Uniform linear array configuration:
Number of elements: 16
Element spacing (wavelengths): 0.75
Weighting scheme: blackman
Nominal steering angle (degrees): -30
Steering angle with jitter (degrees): -28.315
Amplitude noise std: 0.05
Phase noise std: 0.05

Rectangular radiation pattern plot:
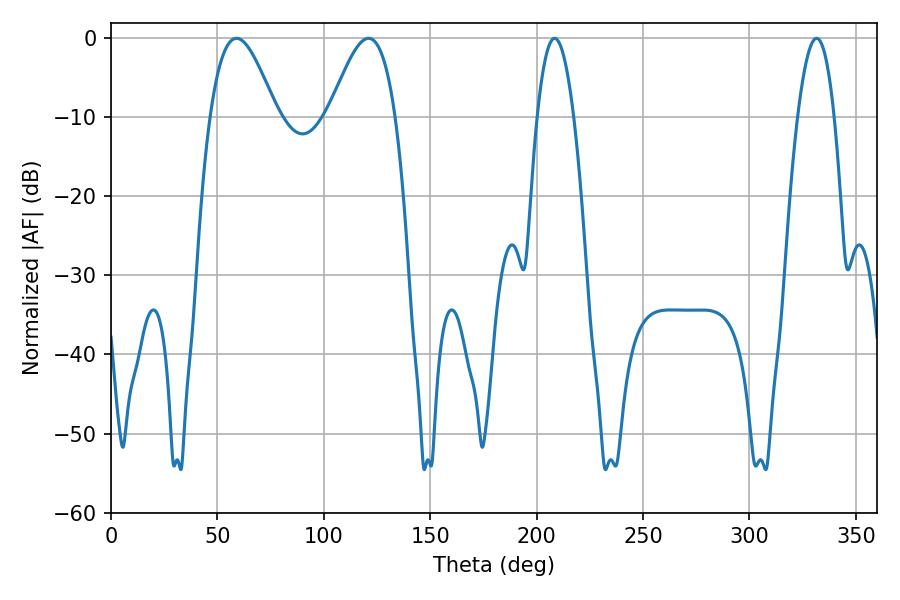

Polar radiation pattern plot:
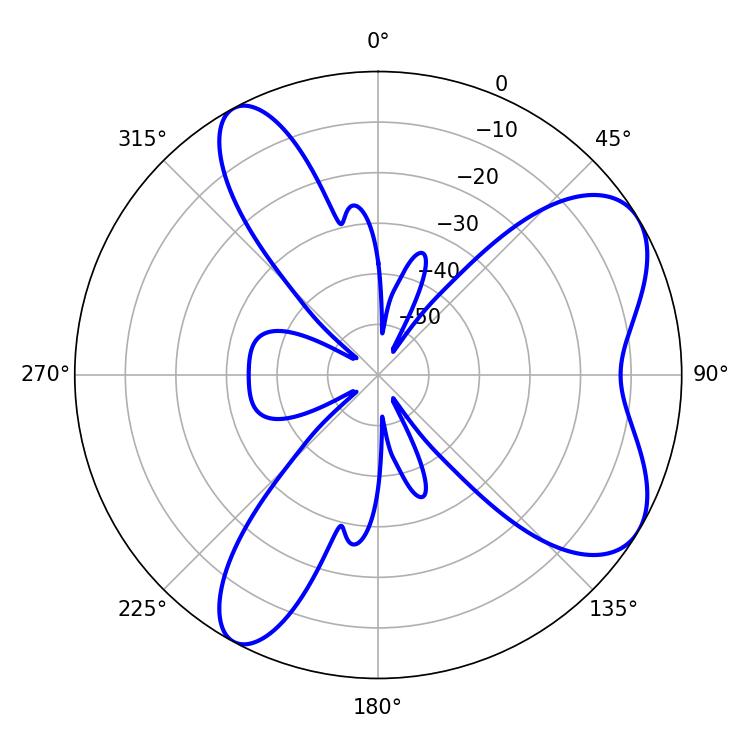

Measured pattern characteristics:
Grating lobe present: TRUE
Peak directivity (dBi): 6.911
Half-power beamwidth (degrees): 9.36
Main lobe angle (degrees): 208.44